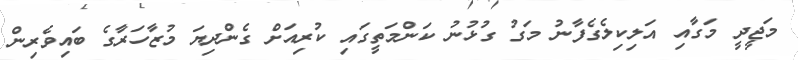
މަޖީދީ މަގާއި އަލިކިލެގެފާނު މަގު ގުޅުނު ކަންމަތީގައި ކުރިއަށް ގެންދިޔަ މުޒާހަރާގެ ބައިވެރިން